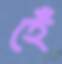
হেঁ